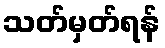
သတ်မှတ်ရန်